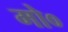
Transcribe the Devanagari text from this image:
मो०